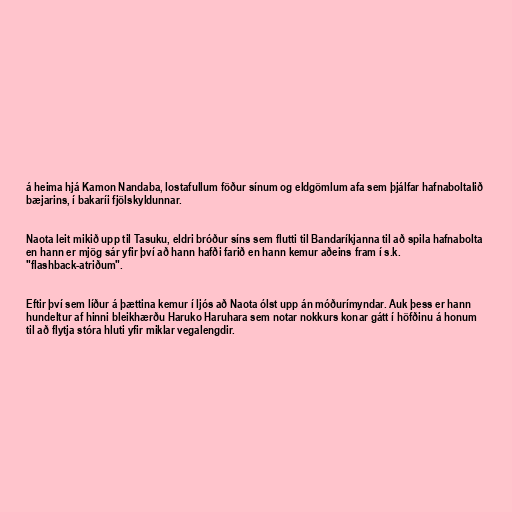
á heima hjá Kamon Nandaba, lostafullum föður sínum og eldgömlum afa sem þjálfar hafnaboltalið
bæjarins, í bakaríi fjölskyldunnar.

Naota leit mikið upp til Tasuku, eldri bróður síns sem flutti til Bandaríkjanna til að spila hafnabolta
en hann er mjög sár yfir því að hann hafði farið en hann kemur aðeins fram í s.k.
"flashback-atriðum".

Eftir því sem líður á þættina kemur í ljós að Naota ólst upp án móðurímyndar. Auk þess er hann
hundeltur af hinni bleikhærðu Haruko Haruhara sem notar nokkurs konar gátt í höfðinu á honum
til að flytja stóra hluti yfir miklar vegalengdir.